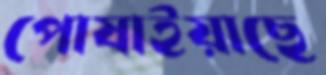
পোষাইয়াছে